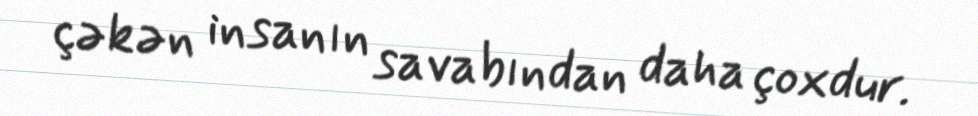
çəkən insanın savabından daha çoxdur.